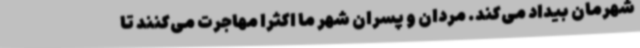
شهرمان بیداد می‌کند. مردان و پسران شهر ما اکثرا مهاجرت می‌کنند تا